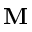
\textbf { M }